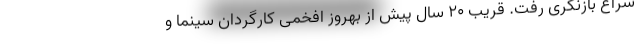
سراغ بازنگری رفت. قریب 20 سال پیش از بهروز افخمی کارگردان سینما و